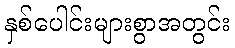
နှစ်ပေါင်းများစွာအတွင်း